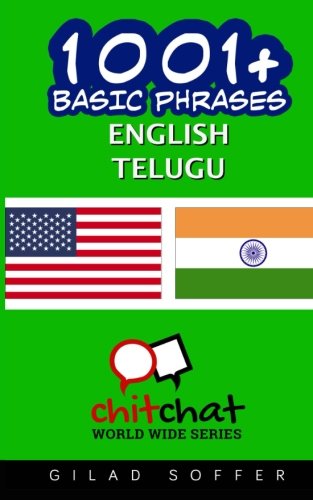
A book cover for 1001+ Basic Phrases English - Telugu; Gilad Soffer; Travel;